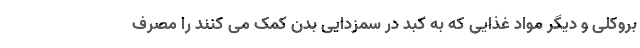
بروکلی و دیگر مواد غذایی که به کبد در سمزدایی بدن کمک می کنند را مصرف